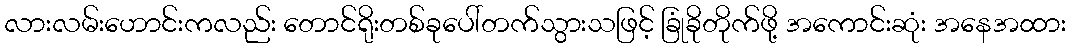
လားလမ်းဟောင်းကလည်း တောင်ရိုးတစ်ခုပေါ်တက်သွားသဖြင့် ခြုံခိုတိုက်ဖို့ အကောင်းဆုံး အနေအထား